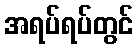
အရပ်ရပ်တွင်